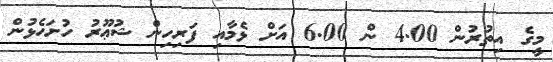
މީގެ އިތުރުން 4.00 ން 6.00 އަށް ޅެމާއި ފަރިހިން ޝުޢޫރު ހުށަހެޅުން